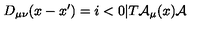
D _ { \mu \nu } ( x - x ^ { \prime } ) = i < 0 | T { \cal A } _ { \mu } ( x ) { \cal A }